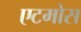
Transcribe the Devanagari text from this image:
एटमोस